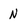
Character: N